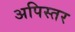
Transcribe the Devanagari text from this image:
अपिस्तर